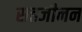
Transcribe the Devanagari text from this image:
सहजीनन